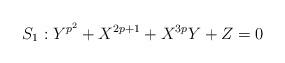
LaTeX: \begin{align*}S_1: Y^{p^2}+X^{2p+1}+X^{3p}Y+Z=0\end{align*}